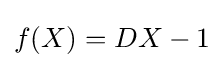
f(X)=DX-1